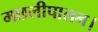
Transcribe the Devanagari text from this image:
मछलीपालन।